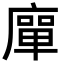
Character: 𭙴